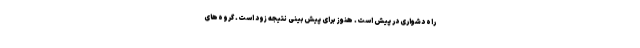
راه دشواری در پیش است. هنوز برای پیش‌بینی نتیجه زود است. گروه‌های